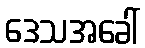
ဒေသအခေါ်